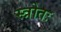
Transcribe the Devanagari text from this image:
स्त्रोतः